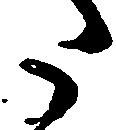
た